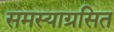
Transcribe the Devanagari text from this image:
समस्याग्रसित